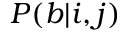
P ( b | i , j )